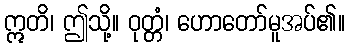
ဣတိ၊ ဤသို့။ ဝုတ္တံ၊ ဟောတော်မူအပ်၏။